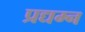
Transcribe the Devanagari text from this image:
प्रद्यम्न